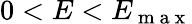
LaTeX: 0<E<E_{\mathrm{~m~a~x~}}